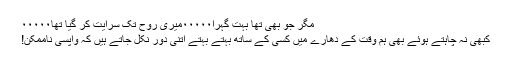
مگر جو بھی تھا بہت گہرا۰۰۰۰۰میری روح تک سرایت کر گیا تھا۰۰۰۰۰
کبھی نہ چاہتے ہوئے بھی ہم وقت کے دھارے میں کسی کے ساتھ بہتے بہتے اتنی دور نکل جاتے ہیں کہ واپسی ناممکن!